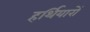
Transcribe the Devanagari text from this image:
हर्थियारों